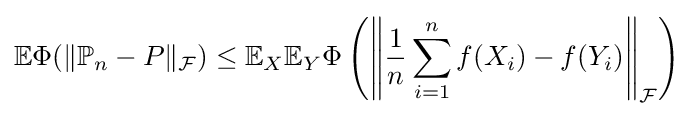
\mathbb {E} \Phi (\|\mathbb {P} _{n}-P\|_{\mathcal {F}})\leq \mathbb {E} _{X}\mathbb {E} _{Y}\Phi \left(\left\|{\dfrac {1}{n}}\sum _{i=1}^{n}f(X_{i})-f(Y_{i})\right\|_{\mathcal {F}}\right)